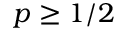
p \geq 1 / 2